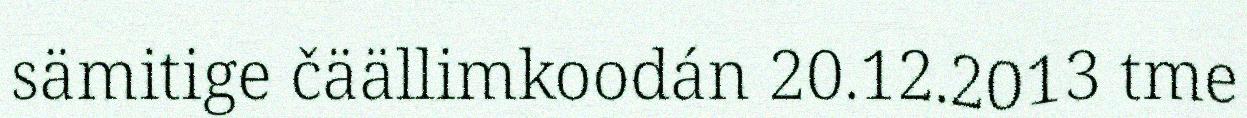
sämitige čäällimkoodán 20.12.2013 tme